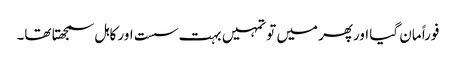
فوراً مان گیا اورپھر میں تو تمہیں بہت سست اور کاہل سمجھتا تھا۔